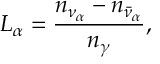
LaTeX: L _ { \alpha } = \frac { n _ { \nu _ { \alpha } } - n _ { \bar { \nu } _ { \alpha } } } { n _ { \gamma } } ,